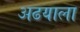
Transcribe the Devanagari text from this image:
अढयाला